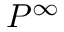
P ^ { \infty }